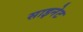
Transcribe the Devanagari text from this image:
साइनेट